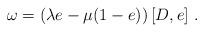
LaTeX: \begin{align*}\omega =\left( \lambda e-\mu (1-e)\right) [D,e]~.\end{align*}